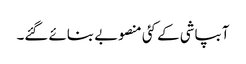
آبپاشی کے کئی منصوبے بنائے گئے۔